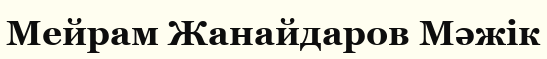
Мейрам Жанайдаров Мәжік